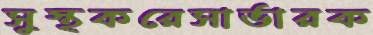
সুস্থকরেসার্ভারক